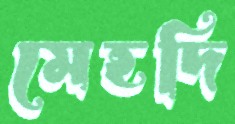
মেহদি